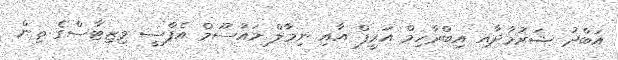
އަބްދު ޝަރުމާދާއި އިބްރާހިމް އަރީފް އާއި ނިމާލް މައުސޫމް އެފްސީ ވިޒިޓާސްގެ ތިން